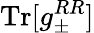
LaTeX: \operatorname{Tr}[g_{\pm}^{RR}]